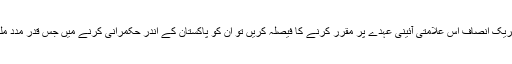
اُن کو اگر وزیراعظم پاکستان چیئرمین پاکستان تحریک انصاف اس علامتی آئینی عہدے پر مقرر کرنے کا فیصلہ کریں تو اُن کو پاکستان کے اندر حکمرانی کرنے میں جس قدر مدد ملے گی، اُس کا وہ شاید تصور بھی نہیں کرسکتے۔